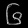
Digit: ၆